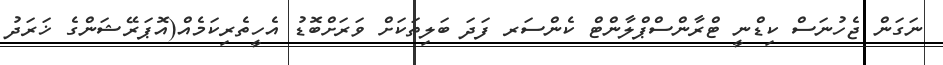
ނަގަން ޖެހުނަސް ކިޑްނީ ޓްރާންސްޕްލާންޓް ކެންސަރ ފަދަ ބަލިތަކަށް ވަރަށްބޮޑު އެހީތެރިކަމެއް(އޮޕަރޭޝަންގެ ޚަރަދު